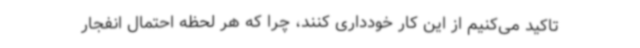
تاکید می‌کنیم از این کار خودداری کنند، چرا که هر لحظه احتمال انفجار